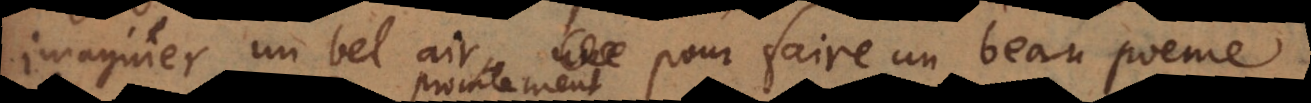
imaginer un bel air, pour faire un beau poeme,